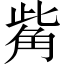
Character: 觜